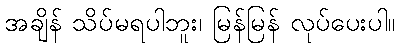
အချိန် သိပ်မရပါဘူး၊ မြန်မြန် လုပ်ပေးပါ။